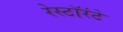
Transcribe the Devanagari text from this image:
रेस्टॉरंटे